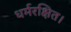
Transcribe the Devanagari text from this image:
धर्मरक्षित।